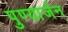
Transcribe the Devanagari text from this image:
पुण्यार्जन